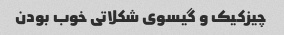
چیزکیک و گیسوی شکلاتی خوب بودن